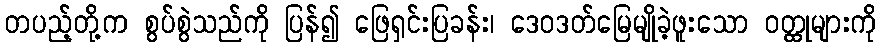
တပည့်တို့က စွပ်စွဲသည်ကို ပြန်၍ ဖြေရှင်းပြခန်း၊ ဒေဝဒတ်မြေမျိုခဲ့ဖူးသော ဝတ္ထုများကို